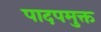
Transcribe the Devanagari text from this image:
पादपमुक्त